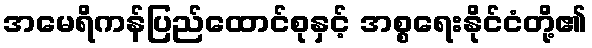
အမေရိကန်ပြည်ထောင်စုနှင့် အစ္စရေးနိုင်ငံတို့၏